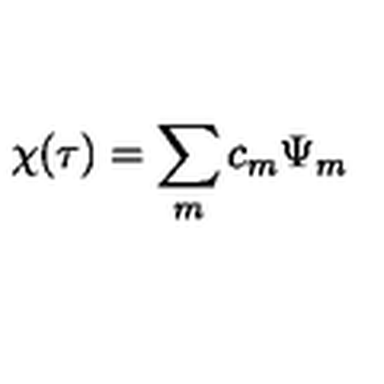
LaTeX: \chi ( \tau ) = \sum _ { m } c _ { m } \Psi _ { m }